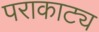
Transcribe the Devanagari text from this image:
पराकाट्य